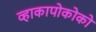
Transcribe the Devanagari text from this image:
व्हाकापोकोको